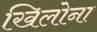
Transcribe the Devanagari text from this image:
खिलोना